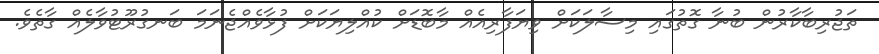
ތަޖުރިބާކާރުން ބުނާ ގޮތުގައި މިސާލަކަށް ވިޔަފާރިއެއް މާބޮޑަށް ކުއްލިޔަކަށް ފުޅާވެއްޖެނަމަ ބަނގުރޫޓުވާލެއް ގާތެވެ.